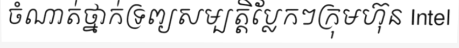
ចំណាត់ថ្នាក់ទ្រព្យសម្បត្តិប្លែកៗក្រុមហ៊ុន Intel